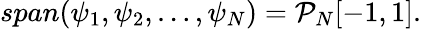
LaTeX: span(\psi_{1},\psi_{2},\ldots,\psi_{N})=\mathcal{P}_{N}[-1,1].